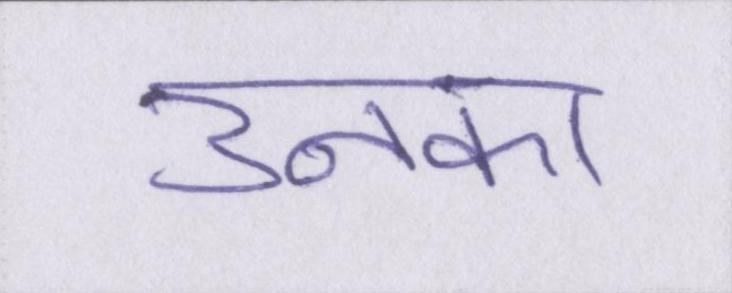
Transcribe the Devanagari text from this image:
उनका